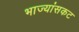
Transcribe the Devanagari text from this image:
भाज्यांसकट